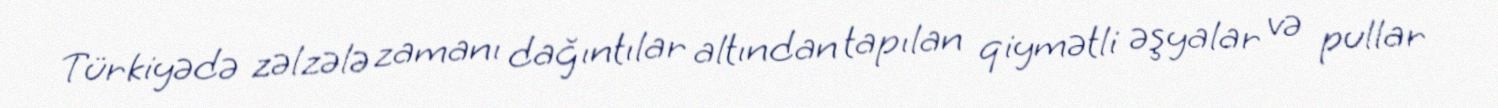
Türkiyədə zəlzələ zamanı dağıntılar altından tapılan qiymətli əşyalar və pullar